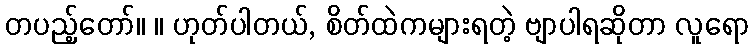
တပည့်တော်။ ။ ဟုတ်ပါတယ်, စိတ်ထဲကများရတဲ့ ဗျာပါရဆိုတာ လူရော